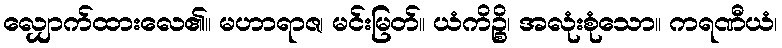
လျှောက်ထားလေ၏။ မဟာရာဇ၊ မင်းမြတ်။ ယံကိဉ္စိ၊ အလုံးစုံသော။ ကရဏီယံ၊